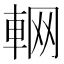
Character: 𨋹